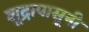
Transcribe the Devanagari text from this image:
शूद्रापासूनी